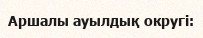
Аршалы ауылдық округі: